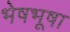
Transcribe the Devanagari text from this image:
भेषभूषा